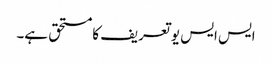
ایس ایس یو تعریف کا مستحق ہے۔